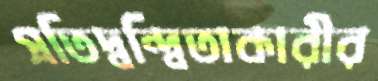
প্রতিদ্বন্দ্বিতাকারীর